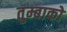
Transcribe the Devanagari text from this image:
तुम्बाको